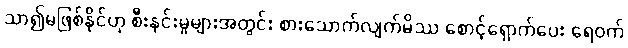
သာ၍မဖြစ်နိုင်ဟု စီးနင်းမှုများအတွင်း စားသောက်လျက်မိဿ စောင့်ရှောက်ပေး ရေဝက်